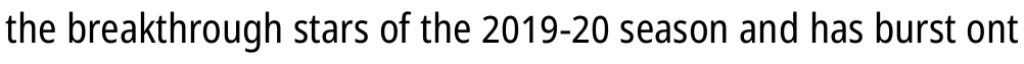
the breakthrough stars of the 2019-20 season and has burst ont